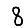
Digit: 8